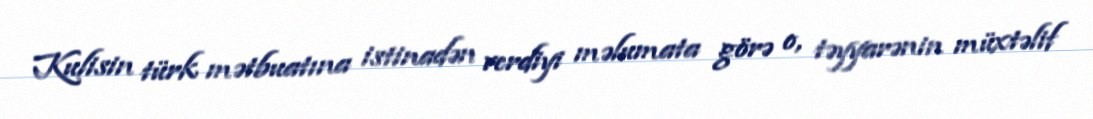
Kulisin türk mətbuatına istinadən verdiyi məlumata görə o, təyyarənin müxtəlif